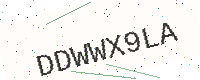
Text: DDWWX9LA